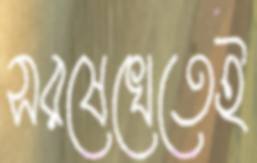
সরষেখেতেই